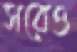
সরেও